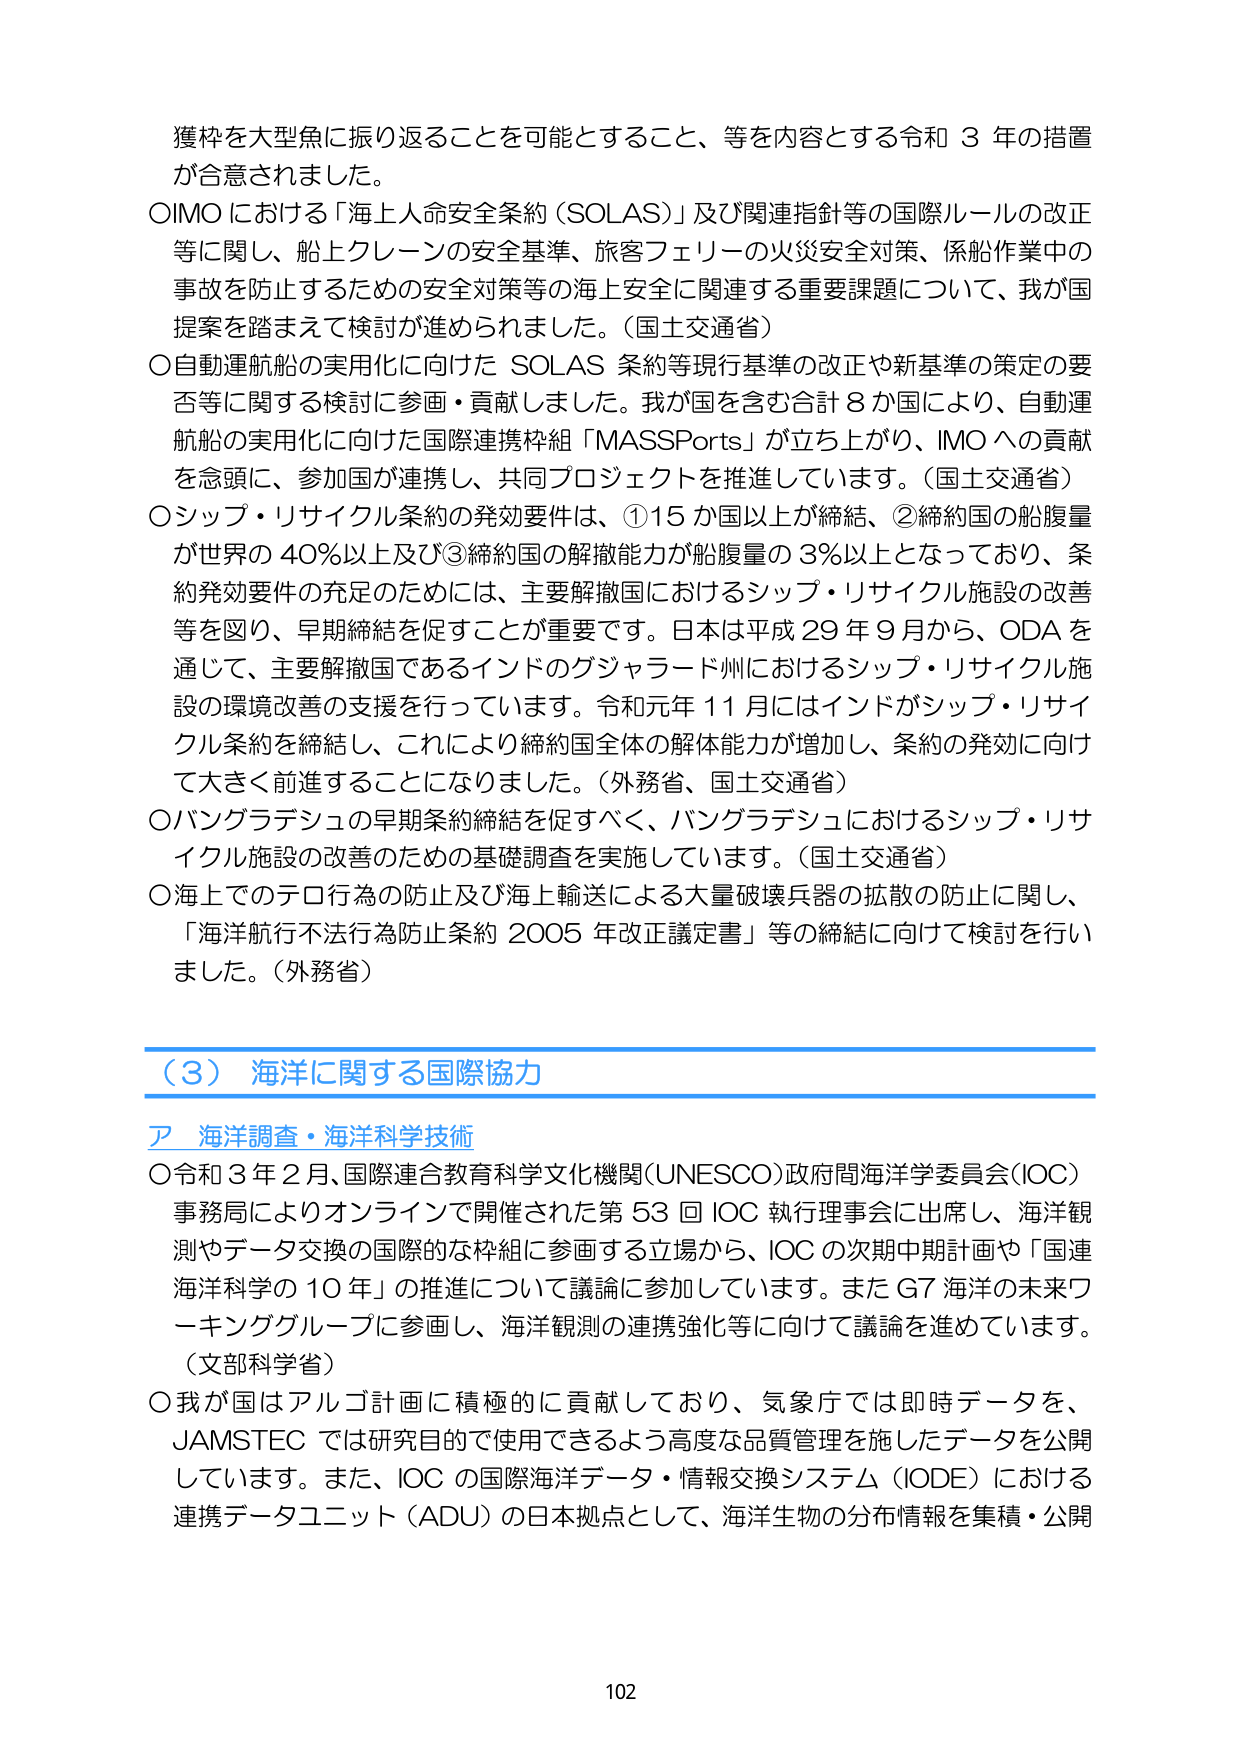
獲枠を大型魚に振り返ることを可能とすること、等を内容とする令和３年の措置が合意されました。

○IMOにおける「海上人命安全条約（SOLAS）」及び関連指針等の国際ルールの改正等に関し、船上クレーンの安全基準、旅客フェリーの火災安全対策、係船作業中の事故を防止するための安全対策等の海上安全に関連する重要課題について、我が国提案を踏まえて検討が進められました。（国土交通省）

○自動運航船の実用化に向けたSOLAS条約等現行基準の改正や新基準の策定の要否等に関する検討に参画・貢献しました。我が国を含む合計８か国により、自動運航船の実用化に向けた国際連携枠組「MASSPorts」が立ち上がり、IMOへの貢献を念頭に、参加国が連携し、共同プロジェクトを推進しています。（国土交通省）

○シップ・リサイクル条約の発効要件は、①15か国以上が締結、②締約国の船腹量が世界の40％以上及び③締約国の解撤能力が船腹量の3％以上となっており、条約発効要件の充足のためには、主要解撤国におけるシップ・リサイクル施設の改善等を図り、早期締結を促すことが重要です。日本は平成29年9月から、ODAを通じて、主要解撤国であるインドのグジャラード州におけるシップ・リサイクル施設の環境改善の支援を行っています。令和元年11月にはインドがシップ・リサイクル条約を締結し、これにより締約国全体の解体能力が増加し、条約の発効に向けて大きく前進することになりました。（外務省、国土交通省）

○バングラデシュの早期条約締結を促すべく、バングラデシュにおけるシップ・リサイクル施設の改善のための基礎調査を実施しています。（国土交通省）

○海上でのテロ行為の防止及び海上輸送による大量破壊兵器の拡散の防止に関し、「海洋航行不法行為防止条約2005年改正議定書」等の締結に向けて検討を行いました。（外務省）

（3）海洋に関する国際協力

ア 海洋調査・海洋科学技術

○令和3年2月、国際連合教育科学文化機関（UNESCO）政府間海洋学委員会（IOC）事務局によりオンラインで開催された第53回IOC執行理事会に出席し、海洋観測やデータ交換の国際的な枠組に参画する立場から、IOCの次期中期計画や「国連海洋科学の10年」の推進について議論に参加しています。またG7海洋の未来ワーキンググループに参画し、海洋観測の連携強化等に向けて議論を進めています。（文部科学省）

○我が国はアルゴ計画に積極的に貢献しており、気象庁では即時データを、JAMSTECでは研究目的で使用できるよう高度な品質管理を施したデータを公開しています。また、IOCの国際海洋データ・情報交換システム（IODE）における連携データユニット（ADU）の日本拠点として、海洋生物の分布情報を集積・公開

102